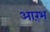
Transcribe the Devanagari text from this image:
आर्ंभ